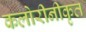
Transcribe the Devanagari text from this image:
कलोरीनीकृत